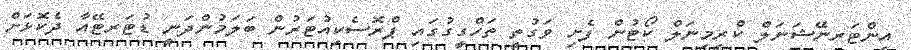
އިންޓަރނޭޝަނަލް ކްރިމިނަލް ކޯޓުން ފެށި ވަގުތީ ތަހްގީގުގައި ޕްރޮސެކިއުޓަރުން ބަލަމުންދަނީ ޑުޓަރޓޭއާ ދެކޮޅަށް